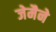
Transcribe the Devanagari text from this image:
जेमैने